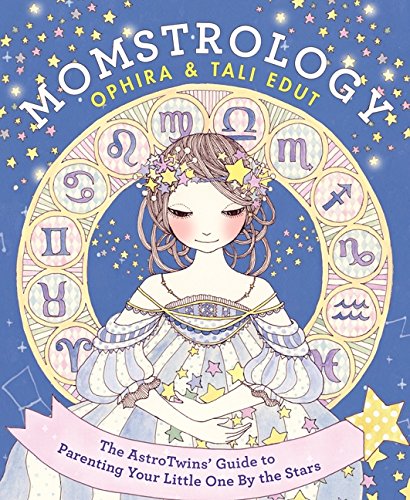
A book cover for Momstrology: The AstroTwins' Guide to Parenting Your Little One by the Stars; Ophira Edut; Religion & Spirituality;